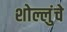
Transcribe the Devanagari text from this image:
शोल्लुंचे